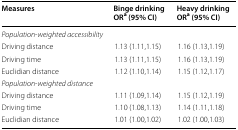
| Measures | Binge drinkingORa (95% CI) | Heavy drinkingORa (95% CI) |
 | --- | --- | --- |
 | <COLSPAN=3> Population-weighted accessibility |
 | Driving distance | 1.13 (1.11,1.15) | 1.16 (1.13,1.19) |
 | Driving time | 1.13 (1.11,1.15) | 1.16 (1.13,1.19) |
 | Euclidian distance | 1.12 (1.10,1.14) | 1.15 (1.12,1.17) |
 | <COLSPAN=3> Population-weighted distance |
 | Driving distance | 1.11 (1.09,1.14) | 1.15 (1.12,1.19) |
 | Driving time | 1.10 (1.08,1.13) | 1.14 (1.11,1.18) |
 | Euclidian distance | 1.01 (1.00,1.02) | 1.02 (1.00,1.03) |